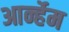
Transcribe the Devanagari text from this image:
आर्न्हेम